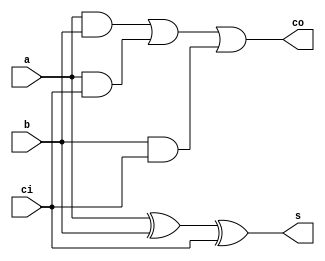
/*--  *******************************************************
--  Computer Architecture Course, Laboratory Sources 
--  Amirkabir University of Technology (Tehran Polytechnic)
--  Department of Computer Engineering (CE-AUT)
--  https://ce[dot]aut[dot]ac[dot]ir
--  *******************************************************
--  All Rights reserved (C) 2019-2020
--  *******************************************************
--  Student ID  : 9831068
--  Student Name: Farshid Nooshi
--  Student Mail: farshidnooshi726@aut.at.ir
--  *******************************************************
--  Student ID  : 9831066
--  Student Name: Mohammad Mahdi Nemati Haravani
--  Student Mail: adel110@aut.at.ir
--  *******************************************************
--  Additional Comments: lab number 8 Group 6
--
--*/

/*-----------------------------------------------------------
---  Module Name: Temperature Calculator Utils
---  Description: Module1:
-----------------------------------------------------------*/
`timescale 1 ns/1 ns

/***********************************************************/
/************** Design Your Own Modules Below **************/

module Full_Adder(
		input a ,
		input b ,
		input ci ,
		output s ,
		output co
	);
	
	assign s = a ^ b ^ ci;
	assign co = a & b | a & ci | b & ci ;

endmodule
	
/************** Design Your Own Modules Above **************/
/***********************************************************/